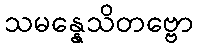
သမန္နေသိတဗ္ဗော